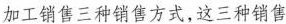
加工销售三种销售方式，这三种销售